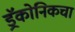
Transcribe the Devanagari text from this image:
ड्रॅकोनिकचा